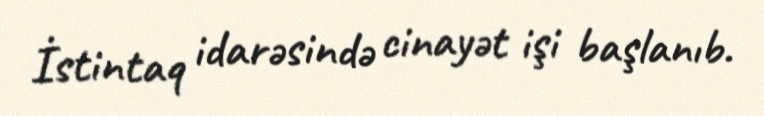
İstintaq idarəsində cinayət işi başlanıb.